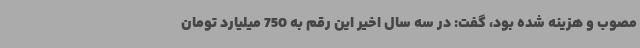
مصوب و هزینه شده بود، گفت: در سه سال اخیر این رقم به 750 میلیارد تومان